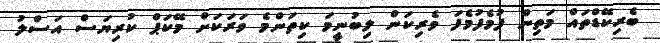
ބެރިކޭޑްތައް މަތިން ފުމެފުމެފަ ވެރިކަން ލިބުނީމަ ކިތަންމެ ވަރަކަށް މޭކަޕް ކުރިޔަސް އަސްލު